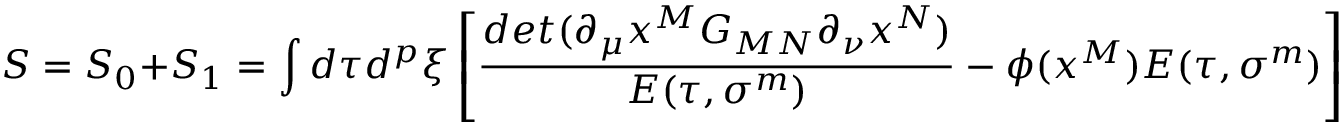
S = S _ { 0 } + S _ { 1 } = \int d \tau d ^ { p } \xi \left[ { \frac { d e t ( \partial _ { \mu } x ^ { M } G _ { M N } \partial _ { \nu } x ^ { N } ) } { E ( \tau , \sigma ^ { m } ) } } - { \phi ( x ^ { M } ) } E ( \tau , \sigma ^ { m } ) \right] ~ ~ ,